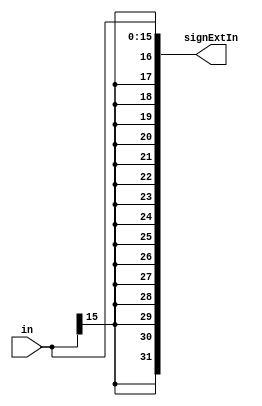

module signExt16to32(input [15:0] in, output reg [31:0] signExtIn);
    //Write Your Code Here
	  always@(in)
    begin
        signExtIn={{16{in[15]}},in};
    end
endmodule